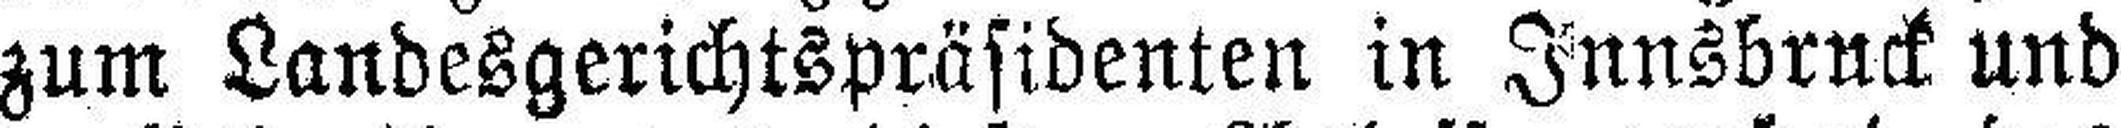
zum Landesgerichtspräsidenten in Innsbruck und